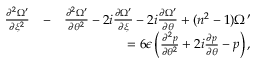
\begin{array} { r l r } { \frac { \partial ^ { 2 } \Omega ^ { \prime } } { \partial \xi ^ { 2 } } } & { - } & { \frac { \partial ^ { 2 } \Omega ^ { \prime } } { \partial \theta ^ { 2 } } - 2 i \frac { \partial \Omega ^ { \prime } } { \partial \xi } - 2 i \frac { \partial \Omega ^ { \prime } } { \partial \theta } + ( n ^ { 2 } - 1 ) \Omega ^ { \prime } } \\ & { } & { = 6 \epsilon \left( \frac { \partial ^ { 2 } p } { \partial \theta ^ { 2 } } + 2 i \frac { \partial p } { \partial \theta } - p \right) , } \end{array}